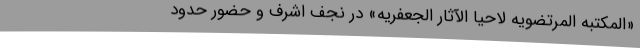
«المکتبه المرتضویه لاحیا الآثار الجعفریه» در نجف اشرف و حضور حدود